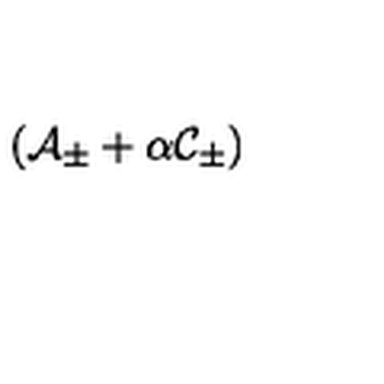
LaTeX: \left( { \cal A } _ { \pm } + \alpha { \cal C } _ { \pm } \right)